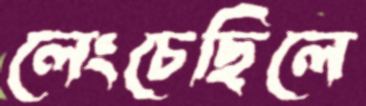
লেংচেছিলে